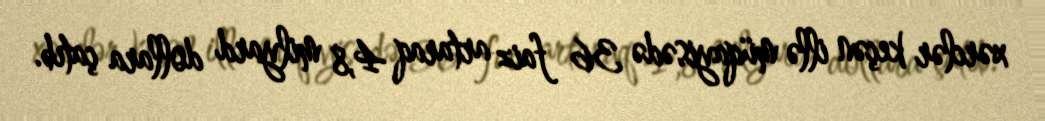
xərclər keçən illə müqayisədə 36 faiz artaraq 4,8 milyard dollara çatıb.